Vaccine operations Central Provinces 1886-1899 - 1886-1899
Year: 1886
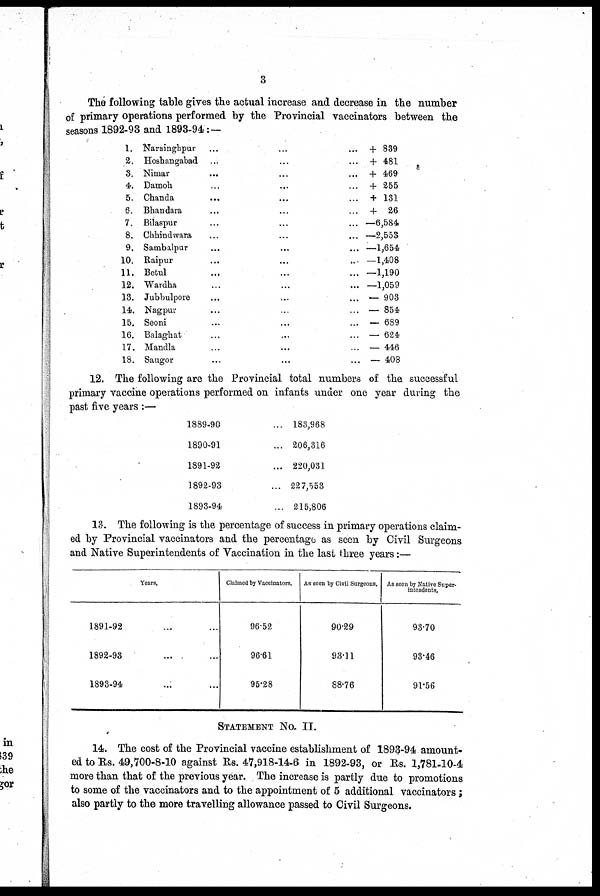
3
The following table gives the actual increase and decrease in the number
of primary operations performed by the Provincial vaccinators between the
seasons 1892-93 and 1893-94:—
1.
2.
3.
4.
5.
6.
7.
8.
9.
10.
11.
12.
13.
14.
15.
16.
17.
18.
Narsinghpur ... ... ...
Hoshangabad ... ... ...
Nimar ... ... ...
Damoh ... ... ...
Chanda
...
... ...
Bhandar ... ... ...
Bilaspur ... ... ...
Chhindwara ... ... ...
Sambalpur ... ... ...
Raipur ... ... ...
Betul ... ... ...
Wardha ... ... ...
Jubbulpore ... ... ...
Nagpur ... ... ...
Seoni ... ... ...
Balaghat ... ... ...
Mandla ... ... ...
Saugor ... ... ...
+ 839
+ 481
+ 469
+ 255
+ 131
+ 26
—6,584
—2,553
—1,654
—1,408
—1,190
—1,059
— 903
— 854
— 689
— 624
— 446
— 408
12. The following are the Provincial total numbers of the successful
primary vaccine operations performed on infants under one year during the
past five years :—
1889-90...
1890-91 ...
1891-92...
1892-93...
1893-94...
183,968
206,316
220,031
227,553
215,806
13. The following is the percentage of success in primary operations claim-
ed by Provincial vaccinators and the percentage as seen by Civil Surgeons
and Native Superintendents of Vaccination in the last three years:—
Years.
1891-92 ... ...
1892-93 ... ...
1893-94 ... ...
Claimed by Vaccinators.
96.52
96.61
95.28
As seen by Civil Surgeons.
90.29
93.11
88.76
As seen by Native Super-
intendents.
93.70
93.46
91.56
STATEMENT No. II.
14. The cost of the Provincial vaccine establishment of 1893-94 amount-
ed to Rs. 49,700-8-10 against Rs. 47,918-14-6 in 1892-93, or Rs. 1,781-10-4
more than that of the previous year. The increase is partly due to promotions
to some of the vaccinators and to the appointment of 5 additional vaccinators;
also partly to the more travelling allowance passed to Civil Surgeons.